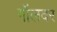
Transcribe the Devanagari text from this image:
गॉलवर